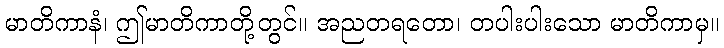
မာတိကာနံ၊ ဤမာတိကာတို့တွင်။ အညတရတော၊ တပါးပါးသော မာတိကာမှ။